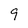
Character: 9